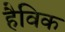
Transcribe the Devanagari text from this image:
हैविक